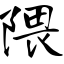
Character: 隈